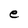
Character: e